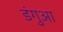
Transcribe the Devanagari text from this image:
डंगुआ